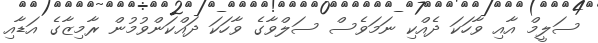
ސަލީމް އާއި ވާހަކަ ދެއްކި ނަމަވެސް ސަލްވާގެ ވާހަކަ ދައްކަންވުމުން ރާމިޒާގެ އަޑާއި